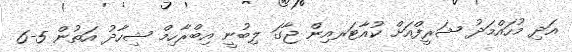
އަދި މުހައްމަދު ޝަރީފްއަށް ކުއާޓަރއިން ޖާގަ ލިބުނީ އިބްރާހިމް ޝިހާދު އަތުން 5-6